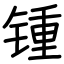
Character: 锺